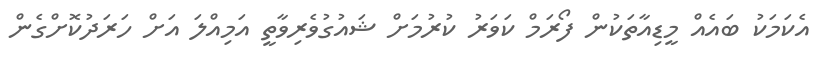
އެކަމަކު ބައެއް މީޑިއާތަކުން ފޯރަމް ކަވަރު ކުރުމަށް ޝައުގުވެރިވާތީ އަމިއްލަ އަށް ހަރަދުކޮށްގެން